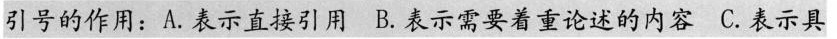
引号的作用：A.表示直接引用B.表示需要着重论述的内容C.表示